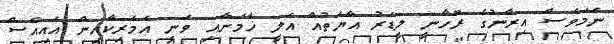
ނަމަވެސް އިރާނުގެ ރޫހާނީ ލީޑަރު އާޔަތުއް އަލީ ޚާމަނާއި ވަނީ އެމެރިކާއިން އައިއެސް